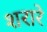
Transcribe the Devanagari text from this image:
शरारे